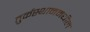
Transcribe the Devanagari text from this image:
तुर्कस्थानमधील